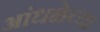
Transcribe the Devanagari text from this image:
आंधळेच्या